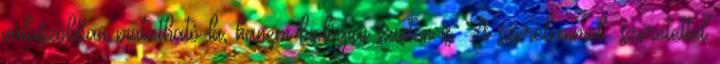
válaszokban mutatható ki, hanem biológiai szinten is. A szerelemmel szeretettel